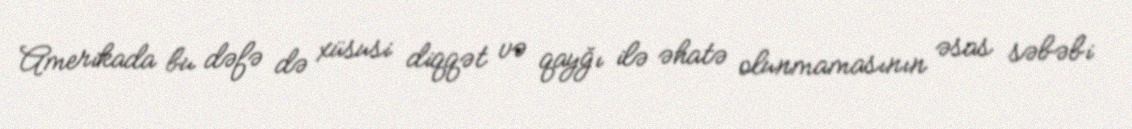
Amerikada bu dəfə də xüsusi diqqət və qayğı ilə əhatə olunmamasının əsas səbəbi